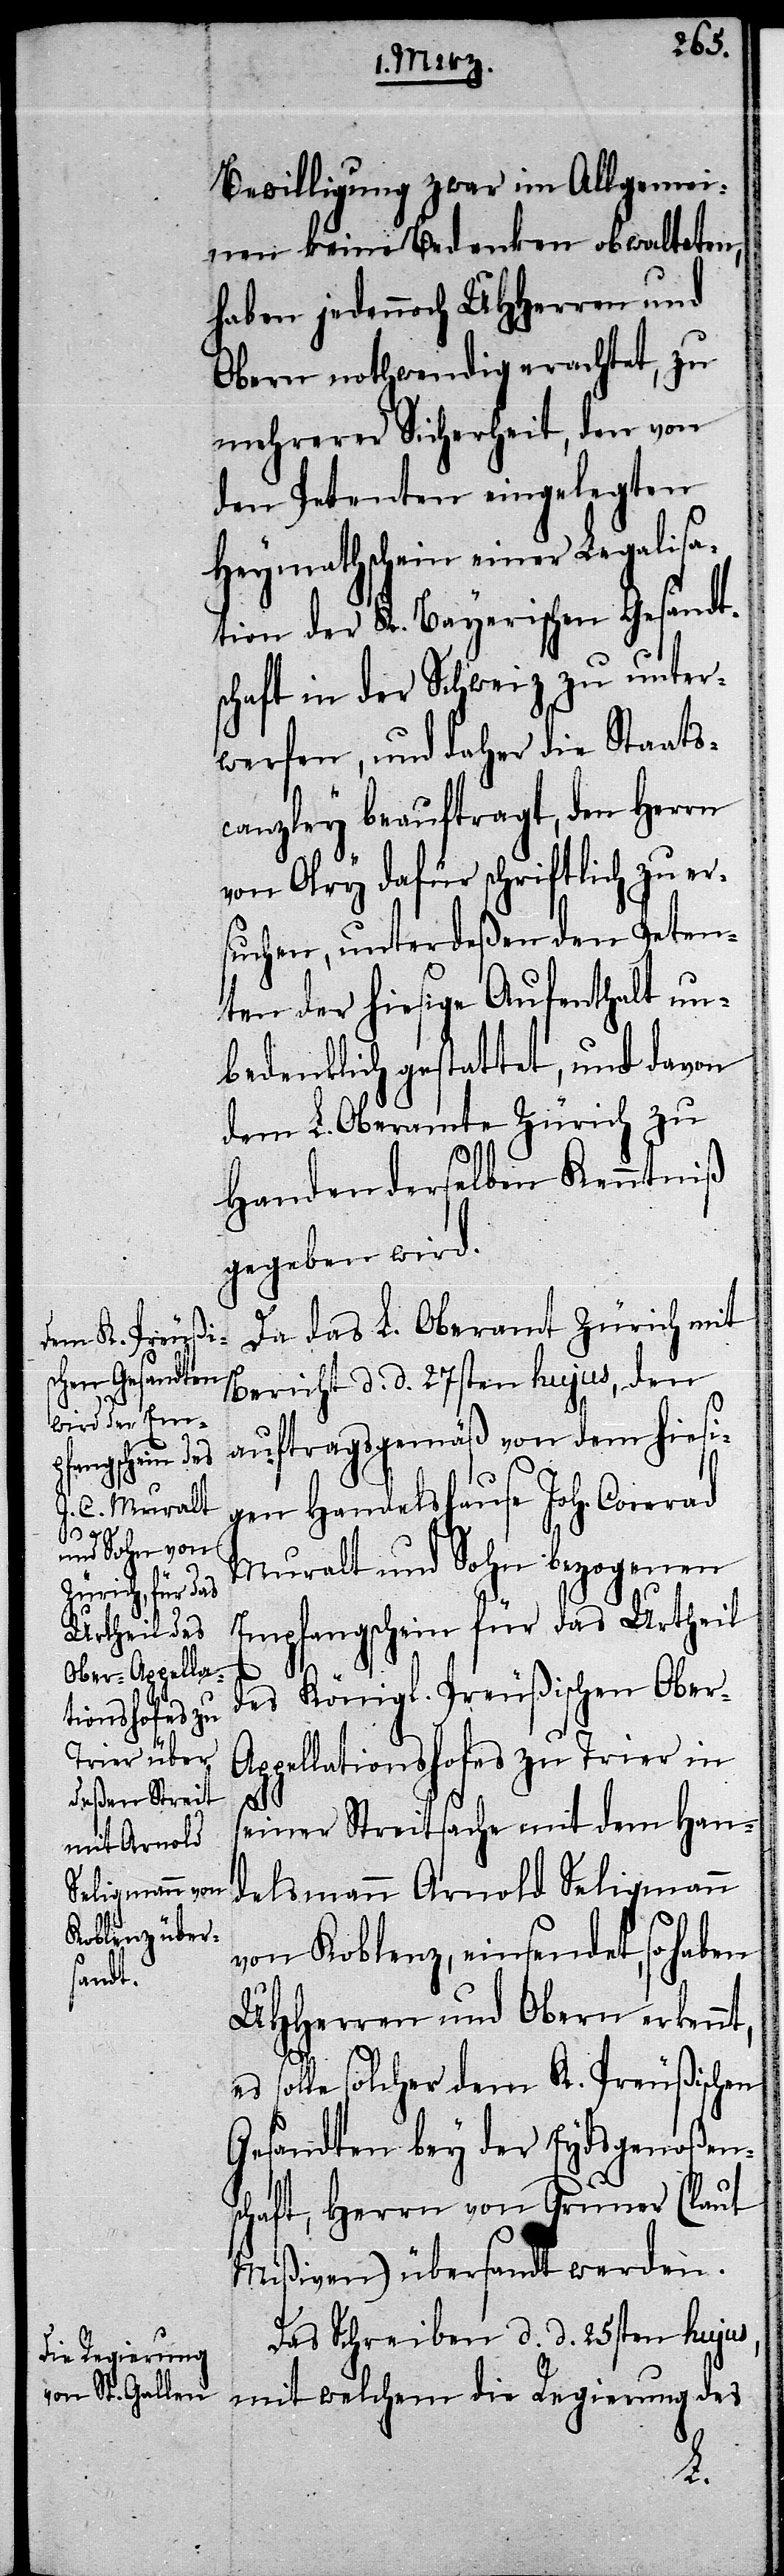
Bewilligung zwar im Allgemei¬
nen keine Bedenken obwalteten,
haben jedennoch UHHerren und
Obern nothwendig erachtet, zu
mehrerer Sicherheit, den von
den Petenten eingelegten
Heymathschein einer Legalisa¬
tion der K. Bayerischen Gesandts¬
chaft in der Schweiz zu unter¬
werfen, und daher die Staats¬
canzley beauftragt, den Herrn
von Olry dafür schriftlich zu er¬
suchen, unterdeßen den Peten¬
ten der hiesige Aufenthalt un¬
bedenklich gestattet, und davon
dem L. Oberamte Zürich zu
Handen derselben Kenntniß
gegeben wird.
Da das L. Oberamt Zürich mit
Bericht d. d. 27sten hujus, den
auftragsgemäß von dem hiesi¬
gen Handelshause Joh. Conrad
Muralt und Sohn bezogenen
Empfangschein für das Urtheil
des Königl. Preußischen Ober-A¬
ppellationshofes zu Trier in
seiner Streitsache mit dem Han¬
delsmann Arnold Seligmann
von Koblenz, einsendet, so haben
UHHerren und Obern erkenn¬
t,
solle solcher dem K. Preußischen
Gesandten bey der Eydsgenoßen¬
schaft, Herrn von Gruner (laut
Mißiven) übersandt werden.
Das Schreiben d. d. 25sten hujus,
mit welchem die Regierung des